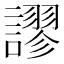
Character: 𧬶